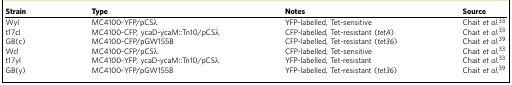
<table><thead><tr><td><b>Strain</b></td><td><b>Type</b></td><td><b>Notes</b></td><td><b>Source</b></td></tr></thead><tbody><tr><td>Wyl</td><td>MC4100-YFP/pCSλ</td><td>YFP-labelled, Tet-sensitive</td><td>Chait <i>et al.</i>33</td></tr><tr><td>t17cl</td><td>MC4100-CFP, ycaD-ycaM::Tn10/pCSλ</td><td>CFP-labelled, Tet-resistant (<i>tetA</i>)</td><td>Chait <i>et al.</i>33</td></tr><tr><td>GB(c)</td><td>MC4100-CFP/pGW155B</td><td>CFP-labelled, Tet-resistant (<i>tet36</i>)</td><td>Chait <i>et al.</i>39</td></tr><tr><td>Wcl</td><td>MC4100-CFP/pCSλ</td><td>CFP-labelled, Tet-sensitive</td><td>Chait <i>et al.</i>33</td></tr><tr><td>t17yl</td><td>MC4100-YFP, ycaD-ycaM::Tn10/pCSλ</td><td>YFP-labelled, Tet-resistant</td><td>Chait <i>et al.</i>33</td></tr><tr><td>GB(y)</td><td>MC4100-YFP/pGW155B</td><td>YFP-labelled, Tet-resistant (<i>tet36</i>)</td><td>Chait <i>et al.</i>39</td></tr></tbody></table>